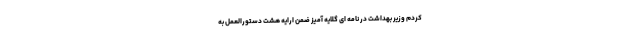
کردم وزیر بهداشت در نامه ای گلایه آمیز ضمن ارایه هشت دستورالعمل به